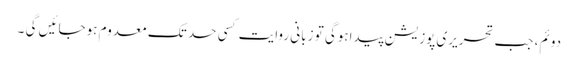
دوئم، جب تحریری پوزیشن پیداہوگی تو زبانی روایت کسی حد تک معدوم ہوجائیں گی ۔